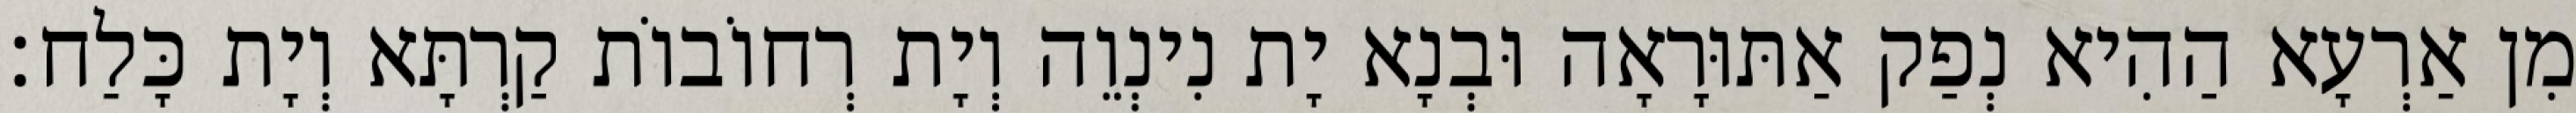
מִן אַרְעָא הַהִיא נְפַק אַתּוּרָאָה וּבְנָא יָת נִינְוֵה וְיָת רְחוֹבוֹת קַרְתָּא וְיָת כָּלַח׃